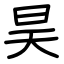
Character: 昊